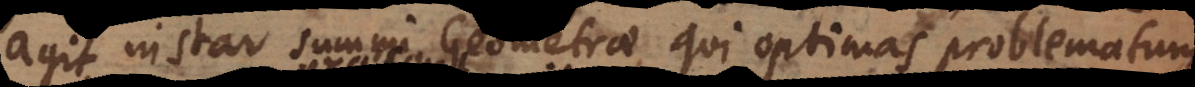
agit instar summi Geometrae, qui optimas problematum